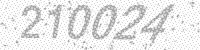
Solution: 210024